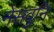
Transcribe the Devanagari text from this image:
नेसवुनि